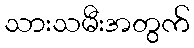
သားသမီးအတွက်